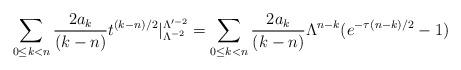
LaTeX: \begin{align*} \sum_{0 \leq k < n} \frac{2a_k}{(k-n)}t^{(k-n)/2}|_{\Lambda^{-2}}^{\Lambda'^{-2}} = \sum_{0 \leq k < n} \frac{2a_k}{(k-n)}{\Lambda}^{n-k}( e^{-\tau(n-k)/2}- 1) \end{align*}